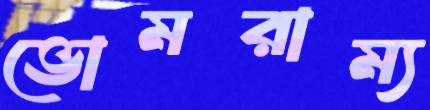
ভোমরাম্য